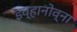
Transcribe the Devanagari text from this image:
इव्हानोव्ना